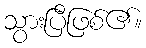
သွားပြီဖြစ်၏။